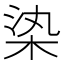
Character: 𣑱